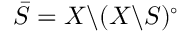
{ \bar { S } } = X \backslash ( X \backslash S ) ^ { \circ }